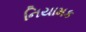
નિયામક